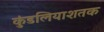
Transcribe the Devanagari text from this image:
कुंडलियाशतक